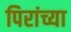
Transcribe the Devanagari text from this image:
पिरांच्या